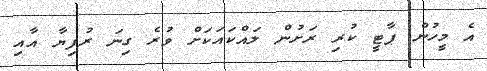
އެ މީހުން ޕާޓީ ކުރި ރަށުން ލައްކައަކަށް ވުރެ ގިނަ ރުފިޔާ އާއި